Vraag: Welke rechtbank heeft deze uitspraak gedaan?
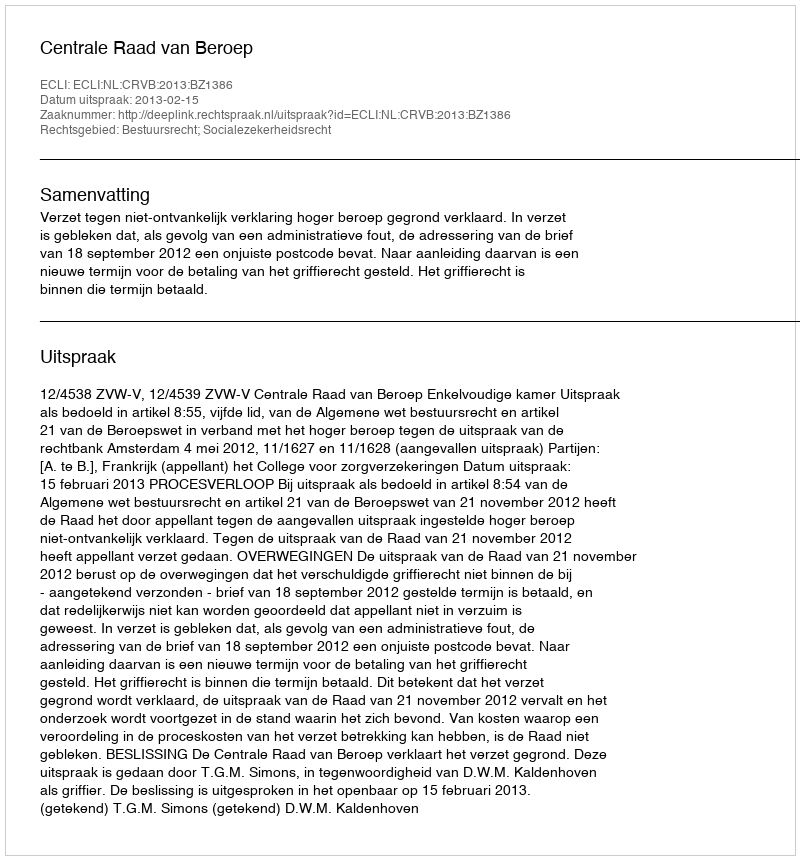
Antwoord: Centrale Raad van Beroep